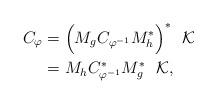
LaTeX: \begin{align*}C_{\varphi} & = \Big(M_{g}C_{\varphi^{-1}}M^{*}_{h}\Big)^{*}\ \ \mathcal{K}\\& = M_{h}C_{\varphi^{-1}}^{*}M_{g}^{*}\ \ \mathcal{K},\end{align*}